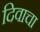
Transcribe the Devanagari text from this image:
दिवाचा